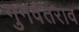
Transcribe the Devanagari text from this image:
गुनवंतराव